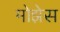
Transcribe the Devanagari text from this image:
मोझेेस